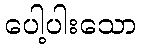
ပေါ့ပါးသော